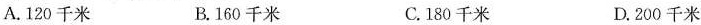
A.120千米 B.160千米 C.180千米 D.200千米